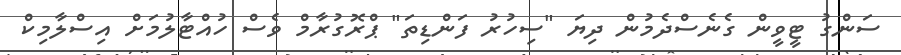
ސަންގު ޓީވީން ގެނެސްދެމުން ދިޔަ "ސިހުރު ފަންޑިތަ" ޕްރޮގުރާމް ވެސް ހުއްޓާލުމަށް އިސްލާމިކް